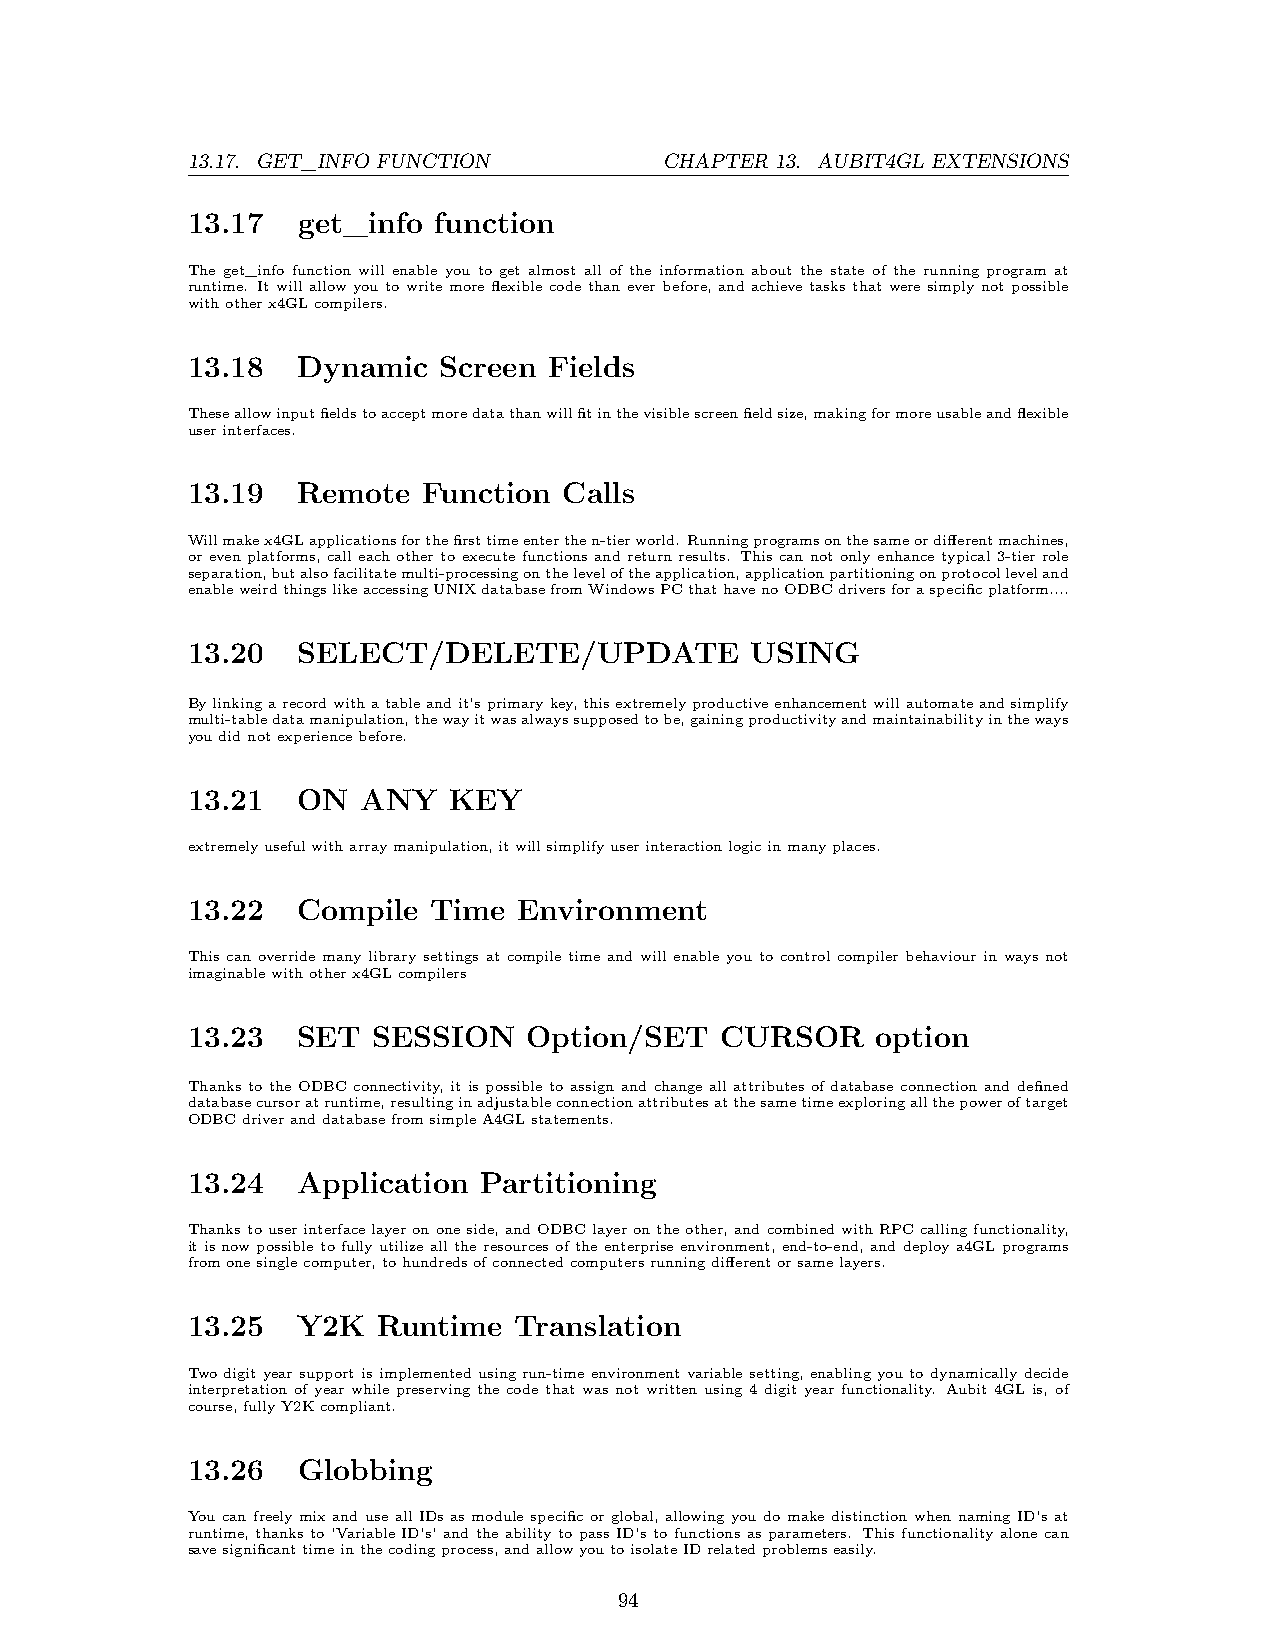
13.17. GET_INFO FUNCTION        CHAPTER 13. AUBIT4GL EXTENSIONS
 13.17   get_info function
 The get_info function will enable you to get almost all of the information about the state of the running program at
 runtime. It will allow you to write more flexible code than ever before, and achieve tasks that were simply not possible
 withotherx4GLcompilers.
 13.18   Dynamic  Screen Fields
 Theseallowinputfieldstoacceptmoredatathanwillfitinthevisiblescreenfieldsize,makingformoreusableandflexible
 userinterfaces.
 13.19   Remote  Function Calls
 Willmakex4GLapplicationsforthefirsttimeenterthen-tierworld. Runningprogramsonthesameordifferentmachines,
 or even platforms, call each other to execute functions and return results. This can not only enhance typical 3-tier role
 separation,butalsofacilitatemulti-processingontheleveloftheapplication,applicationpartitioningonprotocolleveland
 enableweirdthingslikeaccessingUNIXdatabasefromWindowsPCthathavenoODBCdriversforaspecificplatform....
 13.20   SELECT/DELETE/UPDATE          USING
 Bylinkingarecordwithatableandit’sprimarykey,thisextremelyproductiveenhancementwillautomateandsimplify
 multi-tabledatamanipulation,thewayitwasalwayssupposedtobe,gainingproductivityandmaintainabilityintheways
 youdidnotexperiencebefore.
 13.21   ON  ANY   KEY
 extremelyusefulwitharraymanipulation,itwillsimplifyuserinteractionlogicinmanyplaces.
 13.22   Compile  Time Environment
 This can override many library settings at compile time and will enable you to control compiler behaviour in ways not
 imaginablewithotherx4GLcompilers
 13.23   SET  SESSION   Option/SET   CURSOR    option
 Thanks to the ODBC connectivity, it is possible to assign and change all attributes of database connection and defined
 databasecursoratruntime,resultinginadjustableconnectionattributesatthesametimeexploringallthepoweroftarget
 ODBCdriveranddatabasefromsimpleA4GLstatements.
 13.24   Application Partitioning
 Thankstouserinterfacelayerononeside,andODBClayerontheother,andcombinedwithRPCcallingfunctionality,
 itisnowpossibletofullyutilizealltheresourcesoftheenterpriseenvironment, end-to-end, anddeploya4GLprograms
 fromonesinglecomputer,tohundredsofconnectedcomputersrunningdifferentorsamelayers.
 13.25   Y2K  Runtime  Translation
 Twodigityearsupportisimplementedusingrun-timeenvironmentvariablesetting, enablingyoutodynamicallydecide
 interpretation of year while preserving the code that was not written using 4 digit year functionality. Aubit 4GL is, of
 course,fullyY2Kcompliant.
 13.26   Globbing
 You can freely mix and use all IDs as module specific or global, allowing you do make distinction when naming ID’s at
 runtime, thanks to ’Variable ID’s’ and the ability to pass ID’s to functions as parameters. This functionality alone can
 savesignificanttimeinthecodingprocess,andallowyoutoisolateIDrelatedproblemseasily.
 94